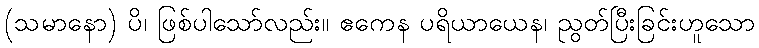
(သမာနော) ပိ၊ ဖြစ်ပါသော်လည်း။ ဧကေန ပရိယာယေန၊ ညွတ်ပြီးခြင်းဟူသော